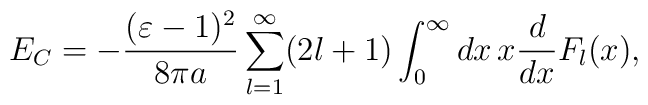
E_C=-\frac{(\varepsilon-1)^2}{8\pi                  a}\sum_{l=1}^\infty(2l+1)\int_{0}^\infty dx\, x\frac{d}{dx}F_l(x),